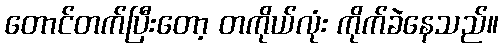
တောင်တက်ပြီးတော့ တကိုယ်လုံး ကိုက်ခဲနေသည်။